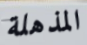
المذهلة